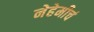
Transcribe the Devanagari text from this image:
नेहेमीचं